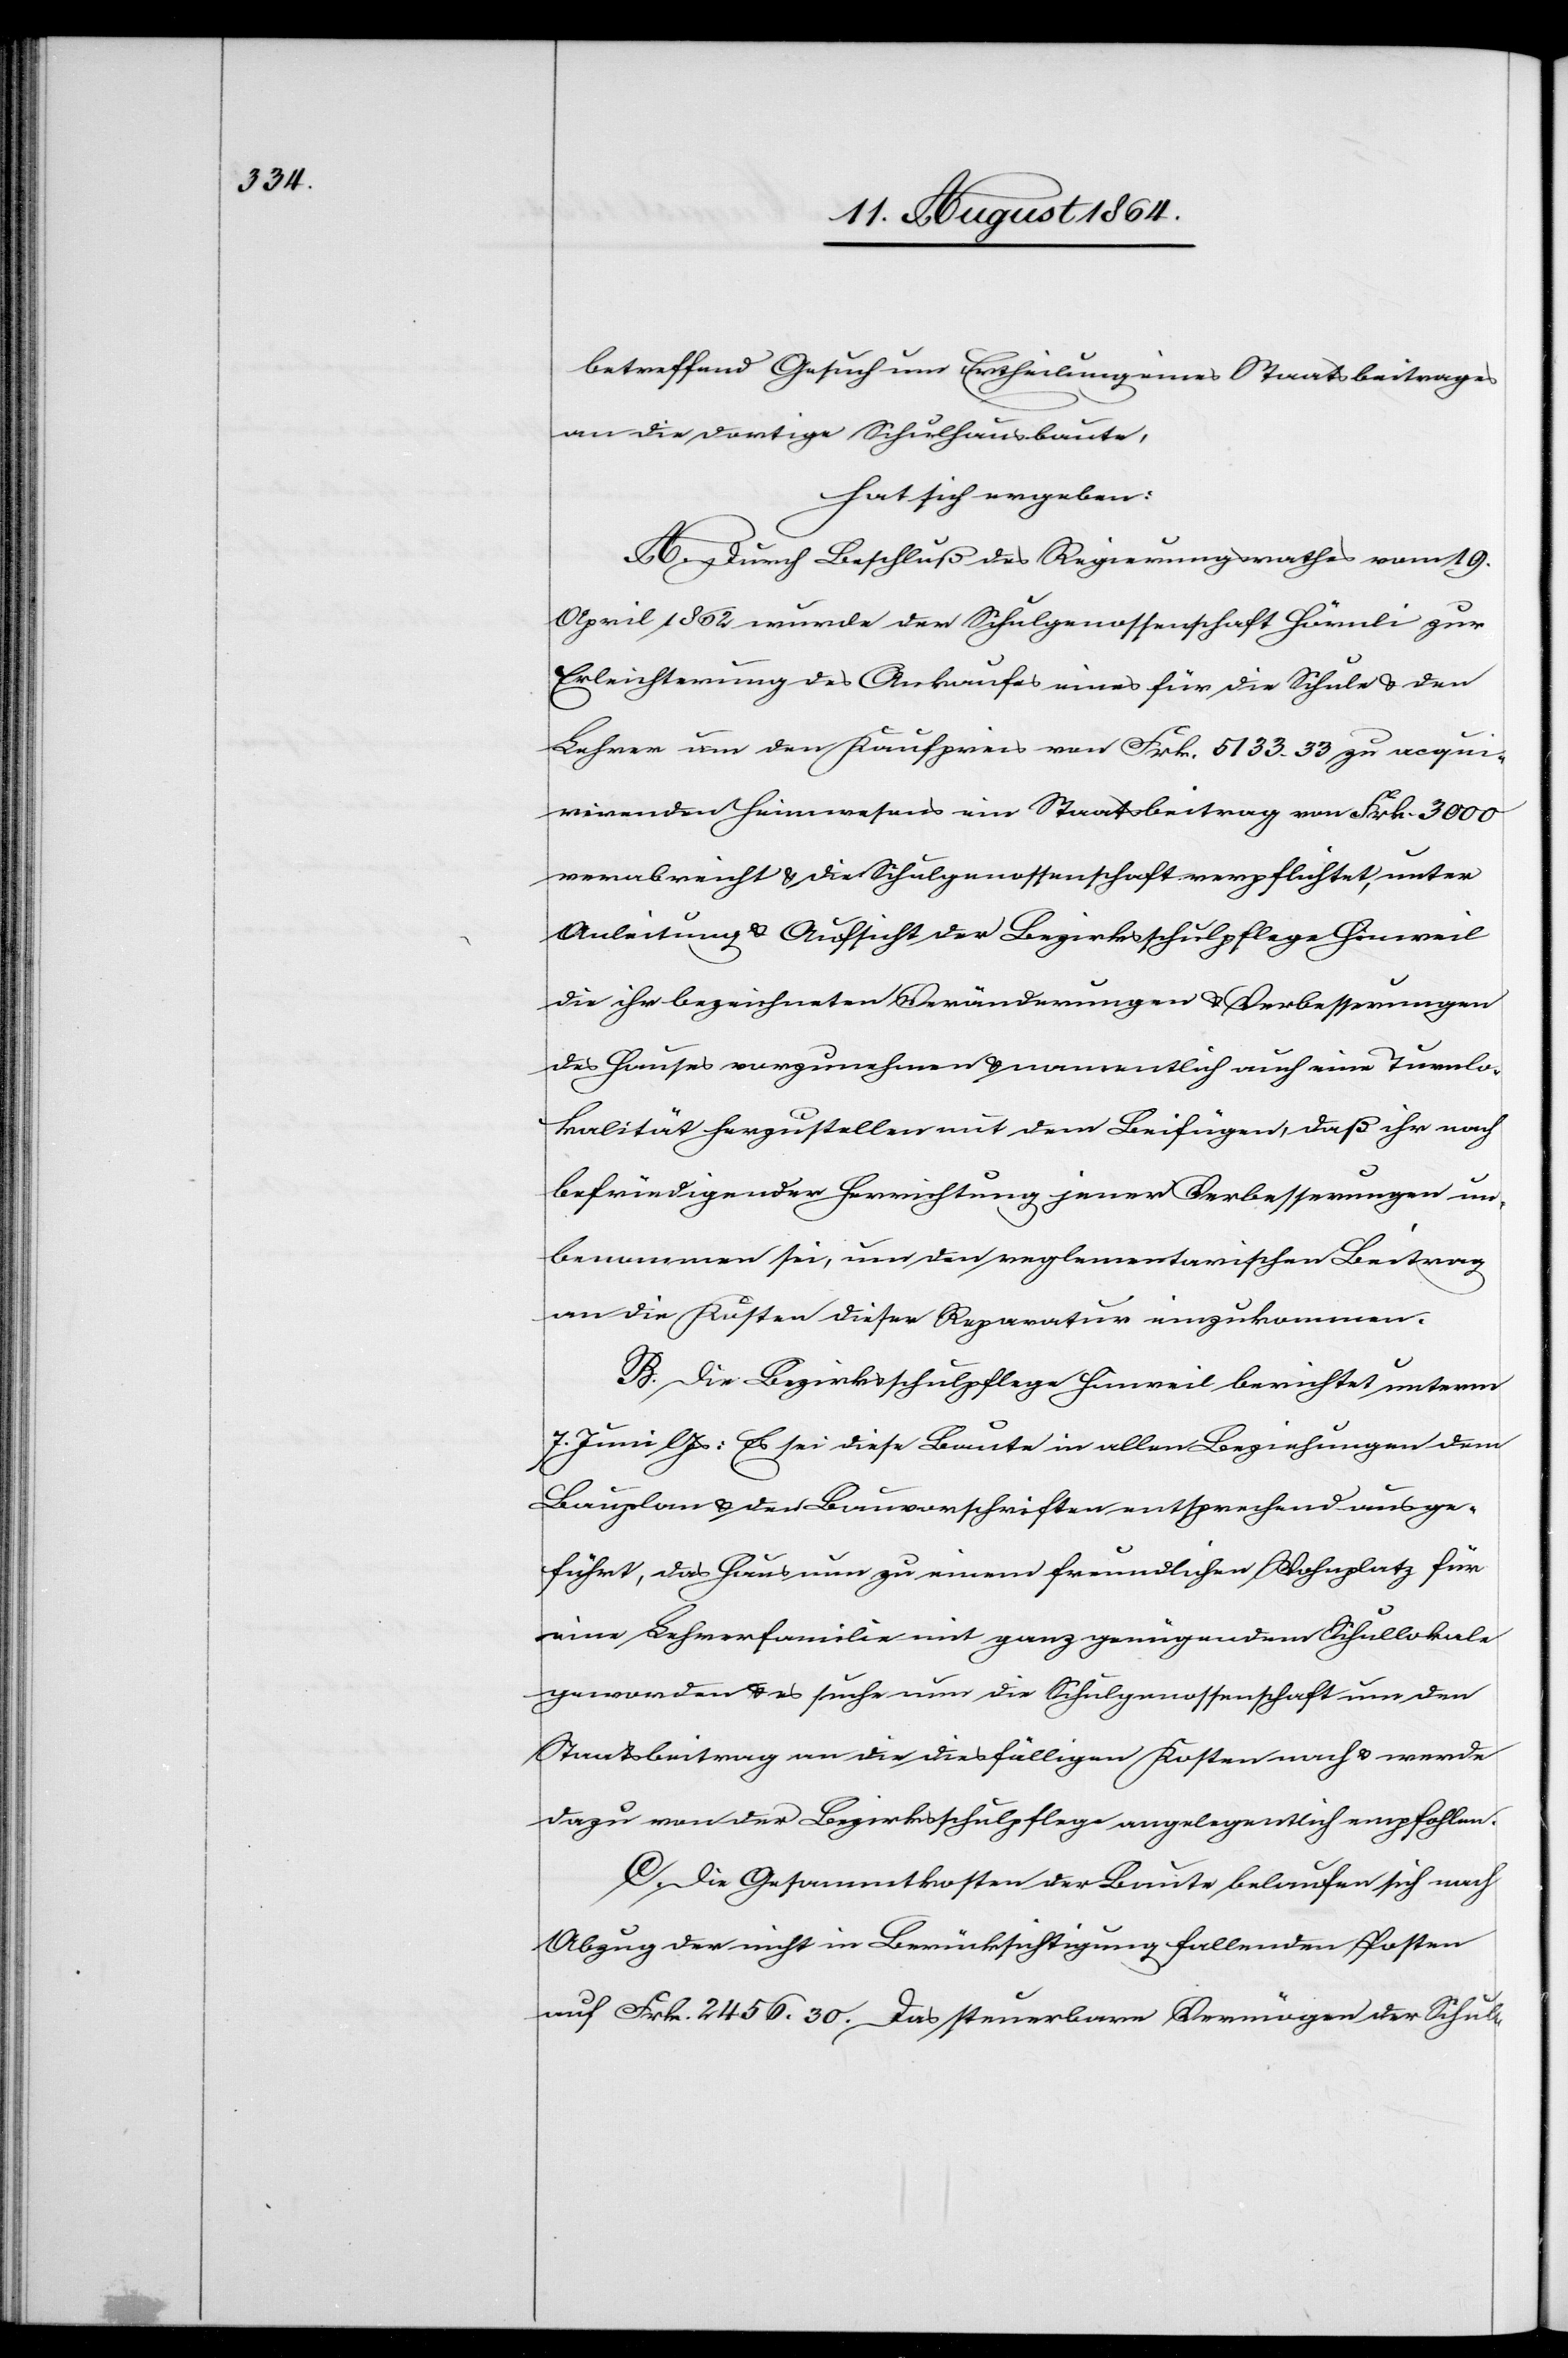
betreffend Gesuch um Ertheilung eines Staatsbeitrages
an die dortige Schulhausbaute
hat sich ergeben:
A. Durch Beschluß des Regierungsrathes vom 19.
April 1862 wurde der Schulgenossenschaft Hörnli zur
Erleichterung des Ankaufes eines für die Schule & den
Lehrer um den Kaufpreis von Frk. 5133.33 zu acqui¬
rirenden Heimwesens ein Staatsbeitrag von Frk. 3000
verabreicht & die Schulgenossenschaft verpflichtet, unter
Anleitung & Aufsicht der Bezirksschulpflege Hinweil
die ihr bezeichneten Veränderungen & Verbesserungen
des Hauses vorzunehmen & namentlich auch eine Turnlo¬
kalität herzustellen mit dem Beifügen, daß ihr nach
befriedigender Herrichtung jener Verbesserungen un¬
benommen sei, um den reglementarischen Betrag
an die Kosten dieser Reparatur einzukommen.
B. Die Bezirksschulpflege Hinweil berichtet unterm
7. Juni l. Js.: Es sei diese Baute in allen Beziehungen dem
Bauplan & den Bauvorschriften entsprechend ausge¬
führt, das Haus nun zu einem freundlichen Wohnplatz für
eine Lehrerfamilie mit ganz genügendem Schullokale
geworden & es suche nun die Schulgenossenschaft um den
Staatsbeitrag an die diesfälligen Kosten nach & werde
dazu von der Bezirksschulpflege angelegentlich empfohlen.
C. Die Gesammtkosten der Baute belaufen sich nach
Abzug der nicht in Berücksichtigung fallenden Kosten
auf Frk. 2456.30. Das steuerbare Vermögen der Schul-